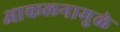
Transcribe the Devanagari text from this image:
आकलनामुळे